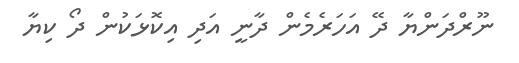
ނޫރްދަންޔާ ދޭ އަހަރެމެން ދާނީ އަދި އިކޮޅަކުން ދޯ ކިޔާ